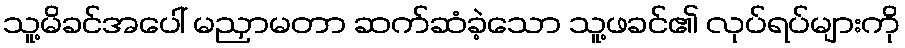
သူ့မိခင်အပေါ် မညှာမတာ ဆက်ဆံခဲ့သော သူ့ဖခင်၏ လုပ်ရပ်များကို